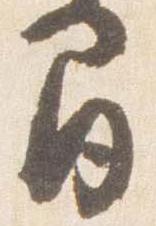
間